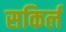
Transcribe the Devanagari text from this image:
सकिर्ल